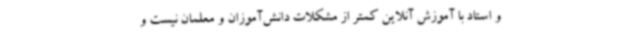
و استاد با آموزش آنلاین کمتر از مشکلات دانش‌آموزان و معلمان نیست و